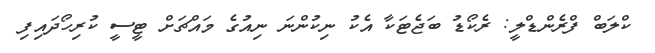
ކްލަބް ފްރެންޑްލީ: ރެކޯޑު ބަޖެޓަކާ އެކު ނިކުންނަ ނިއުގެ މައްޗަށް ޓީސީ ކުރިހޯދައިފި